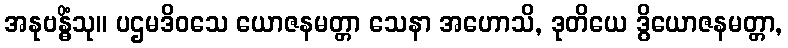
အနုဗန္ဓိံသု။ ပဌမဒိဝသေ ယောဇနမတ္တာ သေနာ အဟောသိ, ဒုတိယေ ဒွိယောဇနမတ္တာ,